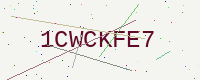
Text: 1CWCKFE7